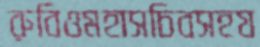
রুবিওমহাসচিবসহয